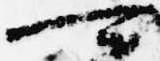
可